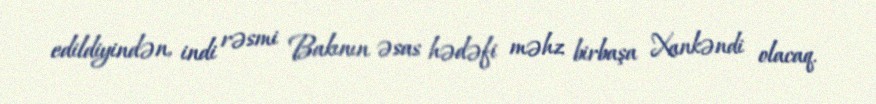
edildiyindən, indi rəsmi Bakının əsas hədəfi məhz birbaşa Xankəndi olacaq.